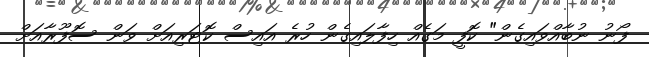
ފޯނު ނުބާއްވައިގެން" ކޮފީ މަގެއް ހިފާލައިގެން ހުރެ އައިސް ކޮޓަރިއަށް ވަން ސޮފޫރާއަށް